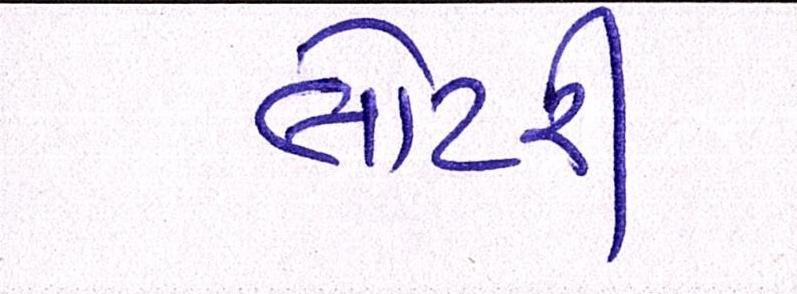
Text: લોટરી